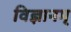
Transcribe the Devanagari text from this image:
विज्ञानम्